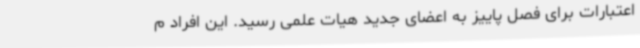
اعتبارات برای فصل پاییز به اعضای جدید هیات علمی رسید. این افراد م